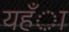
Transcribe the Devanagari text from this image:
यहँा